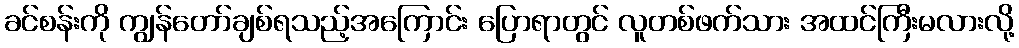
ခင်စန်းကို ကျွန်တော်ချစ်ရသည့်အကြောင်း ပြောရာတွင် လူတစ်ဖက်သား အထင်ကြီးမလားလို့